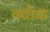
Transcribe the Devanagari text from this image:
क्वौक